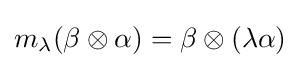
m_{\lambda }(\beta \otimes \alpha )=\beta \otimes (\lambda \alpha )